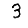
Digit: 3